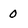
Character: 0